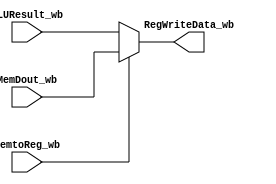
`timescale 1ns / 1ps
//////////////////////////////////////////////////////////////////////////////////
// Company: 
// Engineer: 
// 
// Design Name: 
// Module Name:    CPU_module_WB 
// Project Name: 
// Target Devices: 
// Tool versions: 
// Description: 
//
// Dependencies: 
//
// Revision: 
// Revision 0.01 - File Created
// Additional Comments: 
//
//////////////////////////////////////////////////////////////////////////////////
module CPU_module_WB(
	input wire MemtoReg_wb,
	input wire[31:0] MemDout_wb,
	input wire[31:0] ALUResult_wb,
	
	output wire[31:0] RegWriteData_wb
);

	assign RegWriteData_wb=MemtoReg_wb?MemDout_wb:ALUResult_wb;
endmodule